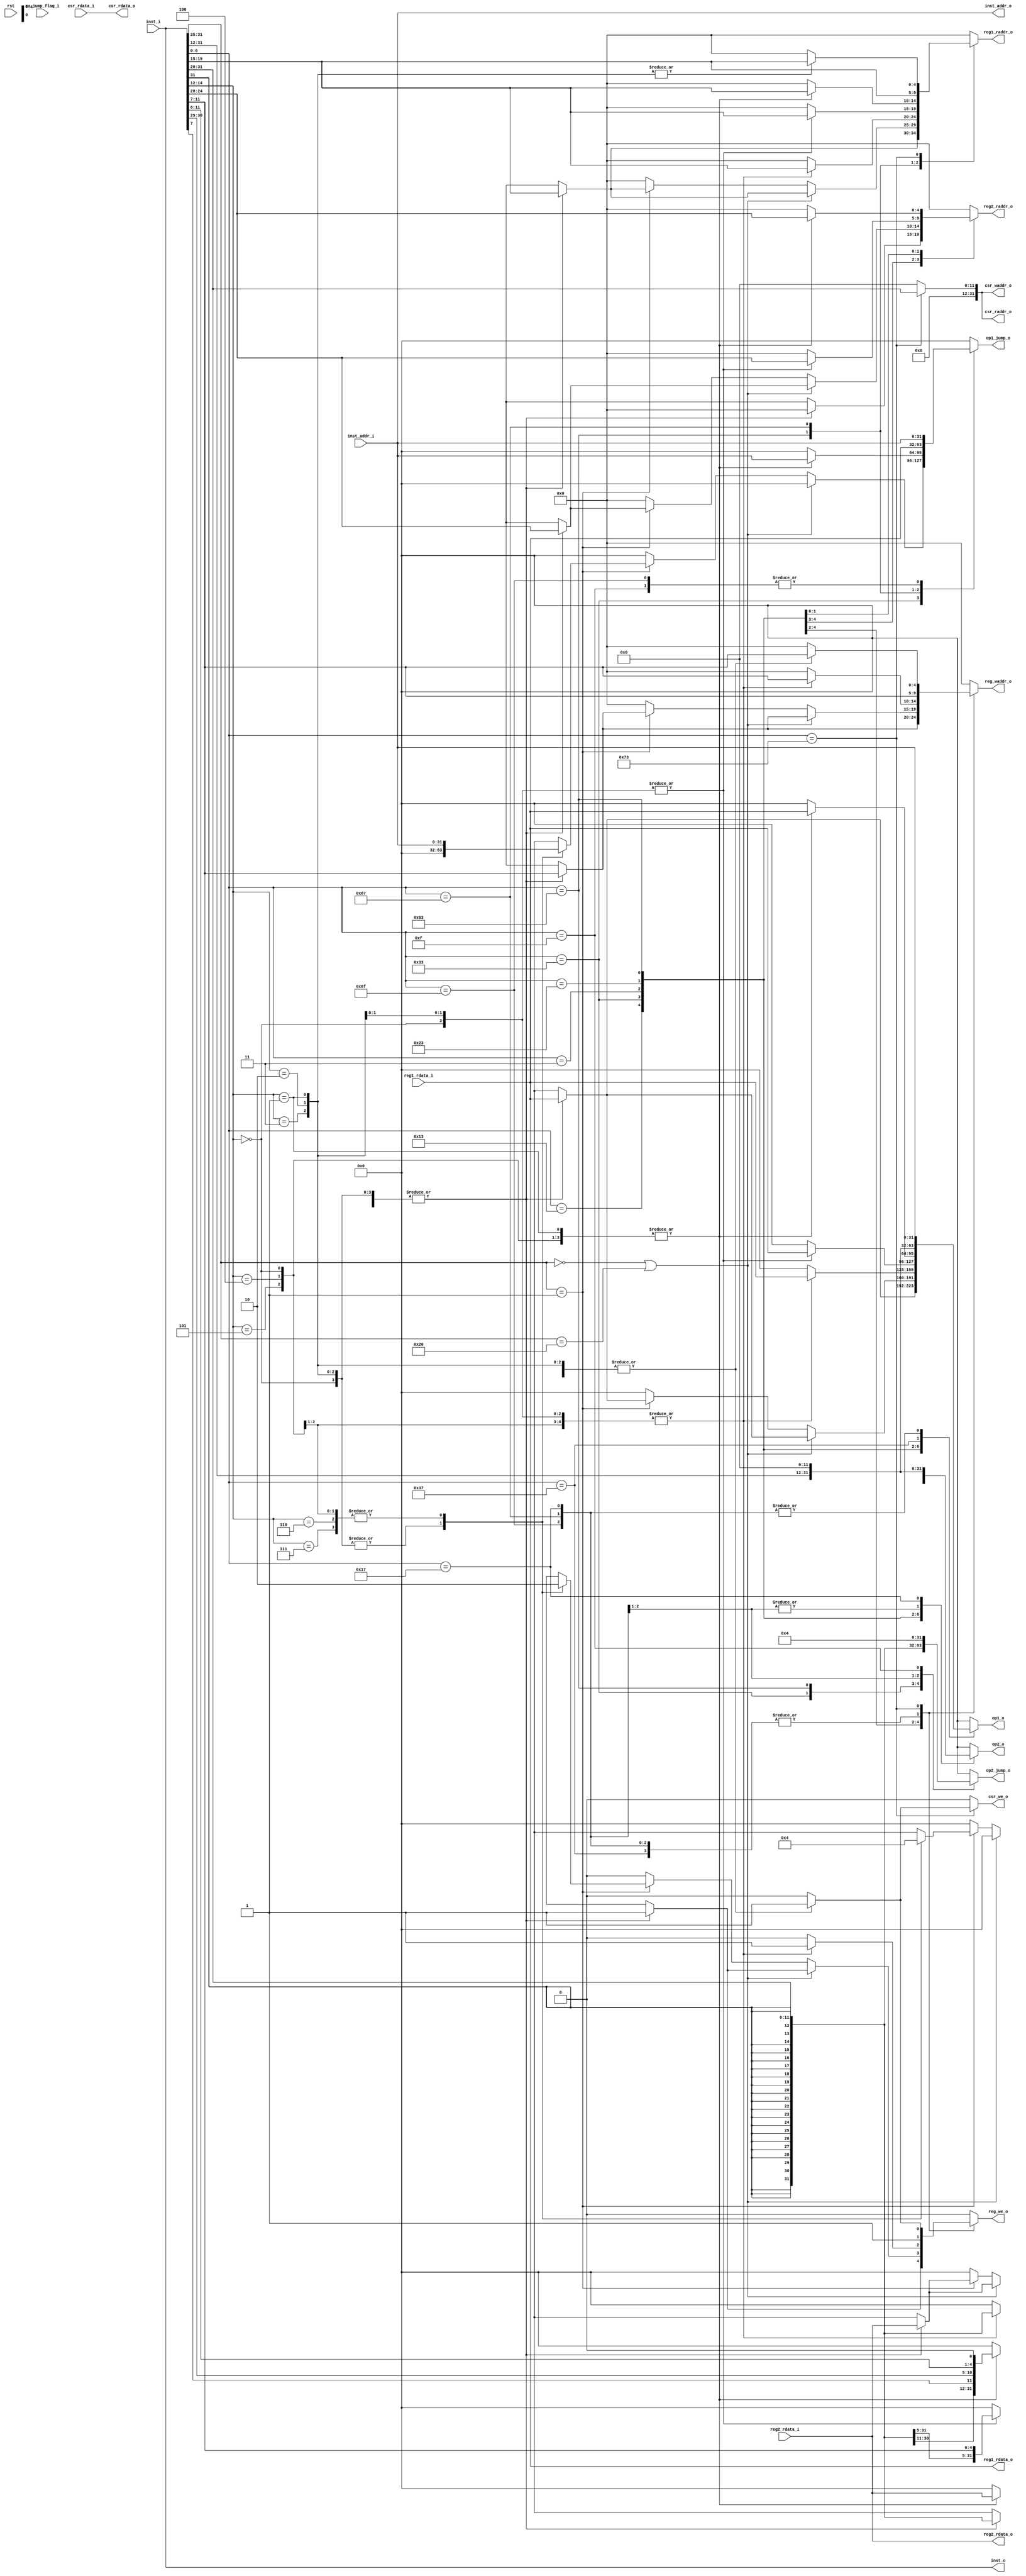
 /*                                                                      
 Copyright 2019 Blue Liang, liangkangnan@163.com
                                                                         
 Licensed under the Apache License, Version 2.0 (the "License");         
 you may not use this file except in compliance with the License.        
 You may obtain a copy of the License at                                 
                                                                         
     http://www.apache.org/licenses/LICENSE-2.0                          
                                                                         
 Unless required by applicable law or agreed to in writing, software    
 distributed under the License is distributed on an "AS IS" BASIS,       
 WITHOUT WARRANTIES OR CONDITIONS OF ANY KIND, either express or implied.
 See the License for the specific language governing permissions and     
 limitations under the License.                                          
 */
`define CpuResetAddr 32'h0

`define RstEnable 1'b0
`define RstDisable 1'b1
`define ZeroWord 32'h0
`define ZeroReg 5'h0
`define WriteEnable 1'b1
`define WriteDisable 1'b0
`define ReadEnable 1'b1
`define ReadDisable 1'b0
`define True 1'b1
`define False 1'b0
`define ChipEnable 1'b1
`define ChipDisable 1'b0
`define JumpEnable 1'b1
`define JumpDisable 1'b0
`define DivResultNotReady 1'b0
`define DivResultReady 1'b1
`define DivStart 1'b1
`define DivStop 1'b0
`define HoldEnable 1'b1
`define HoldDisable 1'b0
`define Stop 1'b1
`define NoStop 1'b0
`define RIB_ACK 1'b1
`define RIB_NACK 1'b0
`define RIB_REQ 1'b1
`define RIB_NREQ 1'b0
`define INT_ASSERT 1'b1
`define INT_DEASSERT 1'b0

`define INT_BUS 7:0
`define INT_NONE 8'h0
`define INT_RET 8'hff
`define INT_TIMER0 8'b00000001
`define INT_TIMER0_ENTRY_ADDR 32'h4

`define Hold_Flag_Bus   2:0
`define Hold_None 3'b000
`define Hold_Pc   3'b001
`define Hold_If   3'b010
`define Hold_Id   3'b011

// I type inst
`define INST_TYPE_I 7'b0010011
`define INST_ADDI   3'b000
`define INST_SLTI   3'b010
`define INST_SLTIU  3'b011
`define INST_XORI   3'b100
`define INST_ORI    3'b110
`define INST_ANDI   3'b111
`define INST_SLLI   3'b001
`define INST_SRI    3'b101

// L type inst
`define INST_TYPE_L 7'b0000011
`define INST_LB     3'b000
`define INST_LH     3'b001
`define INST_LW     3'b010
`define INST_LBU    3'b100
`define INST_LHU    3'b101

// S type inst
`define INST_TYPE_S 7'b0100011
`define INST_SB     3'b000
`define INST_SH     3'b001
`define INST_SW     3'b010

// R and M type inst
`define INST_TYPE_R_M 7'b0110011
// R type inst
`define INST_ADD_SUB 3'b000
`define INST_SLL    3'b001
`define INST_SLT    3'b010
`define INST_SLTU   3'b011
`define INST_XOR    3'b100
`define INST_SR     3'b101
`define INST_OR     3'b110
`define INST_AND    3'b111
// M type inst
`define INST_MUL    3'b000
`define INST_MULH   3'b001
`define INST_MULHSU 3'b010
`define INST_MULHU  3'b011
`define INST_DIV    3'b100
`define INST_DIVU   3'b101
`define INST_REM    3'b110
`define INST_REMU   3'b111

// J type inst
`define INST_JAL    7'b1101111
`define INST_JALR   7'b1100111

`define INST_LUI    7'b0110111
`define INST_AUIPC  7'b0010111
`define INST_NOP    32'h00000001
`define INST_NOP_OP 7'b0000001
`define INST_MRET   32'h30200073
`define INST_RET    32'h00008067

`define INST_FENCE  7'b0001111
`define INST_ECALL  32'h73
`define INST_EBREAK 32'h00100073

// J type inst
`define INST_TYPE_B 7'b1100011
`define INST_BEQ    3'b000
`define INST_BNE    3'b001
`define INST_BLT    3'b100
`define INST_BGE    3'b101
`define INST_BLTU   3'b110
`define INST_BGEU   3'b111

// CSR inst
`define INST_CSR    7'b1110011
`define INST_CSRRW  3'b001
`define INST_CSRRS  3'b010
`define INST_CSRRC  3'b011
`define INST_CSRRWI 3'b101
`define INST_CSRRSI 3'b110
`define INST_CSRRCI 3'b111

// CSR reg addr
`define CSR_CYCLE   12'hc00
`define CSR_CYCLEH  12'hc80
`define CSR_MTVEC   12'h305
`define CSR_MCAUSE  12'h342
`define CSR_MEPC    12'h341
`define CSR_MIE     12'h304
`define CSR_MSTATUS 12'h300
`define CSR_MSCRATCH 12'h340

`define RomNum 4096  // rom depth(how many words)

`define MemNum 4096  // memory depth(how many words)
`define MemBus 31:0
`define MemAddrBus 31:0

`define InstBus 31:0
`define InstAddrBus 31:0

// common regs
`define RegAddrBus 4:0
`define RegBus 31:0
`define DoubleRegBus 63:0
`define RegWidth 32
`define RegNum 32        // reg num
`define RegNumLog2 5

//`include "defines.v"

// 
// 
module id(

	input wire rst,

    // from if_id
    input wire[`InstBus] inst_i,             // 
    input wire[`InstAddrBus] inst_addr_i,    // 

    // from regs
    input wire[`RegBus] reg1_rdata_i,        // 1
    input wire[`RegBus] reg2_rdata_i,        // 2

    // from csr reg
    input wire[`RegBus] csr_rdata_i,         // CSR

    // from ex
    input wire ex_jump_flag_i,               // 

    // to regs
    output reg[`RegAddrBus] reg1_raddr_o,    // 1
    output reg[`RegAddrBus] reg2_raddr_o,    // 2

    // to csr reg
    output reg[`MemAddrBus] csr_raddr_o,     // CSR

    // to ex
    output reg[`MemAddrBus] op1_o,
    output reg[`MemAddrBus] op2_o,
    output reg[`MemAddrBus] op1_jump_o,
    output reg[`MemAddrBus] op2_jump_o,
    output reg[`InstBus] inst_o,             // 
    output reg[`InstAddrBus] inst_addr_o,    // 
    output reg[`RegBus] reg1_rdata_o,        // 1
    output reg[`RegBus] reg2_rdata_o,        // 2
    output reg reg_we_o,                     // 
    output reg[`RegAddrBus] reg_waddr_o,     // 
    output reg csr_we_o,                     // CSR
    output reg[`RegBus] csr_rdata_o,         // CSR
    output reg[`MemAddrBus] csr_waddr_o      // CSR

    );

    wire[6:0] opcode = inst_i[6:0];
    wire[2:0] funct3 = inst_i[14:12];
    wire[6:0] funct7 = inst_i[31:25];
    wire[4:0] rd = inst_i[11:7];
    wire[4:0] rs1 = inst_i[19:15];
    wire[4:0] rs2 = inst_i[24:20];


    always @ (*) begin
        inst_o = inst_i;
        inst_addr_o = inst_addr_i;
        reg1_rdata_o = reg1_rdata_i;
        reg2_rdata_o = reg2_rdata_i;
        csr_rdata_o = csr_rdata_i;
        csr_raddr_o = `ZeroWord;
        csr_waddr_o = `ZeroWord;
        csr_we_o = `WriteDisable;
        op1_o = `ZeroWord;
        op2_o = `ZeroWord;
        op1_jump_o = `ZeroWord;
        op2_jump_o = `ZeroWord;

        case (opcode)
            `INST_TYPE_I: begin
                case (funct3)
                    `INST_ADDI, `INST_SLTI, `INST_SLTIU, `INST_XORI, `INST_ORI, `INST_ANDI, `INST_SLLI, `INST_SRI: begin
                        reg_we_o = `WriteEnable;
                        reg_waddr_o = rd;
                        reg1_raddr_o = rs1;
                        reg2_raddr_o = `ZeroReg;
                        op1_o = reg1_rdata_i;
                        op2_o = {{20{inst_i[31]}}, inst_i[31:20]};
                    end
                    default: begin
                        reg_we_o = `WriteDisable;
                        reg_waddr_o = `ZeroReg;
                        reg1_raddr_o = `ZeroReg;
                        reg2_raddr_o = `ZeroReg;
                    end
                endcase
            end
            `INST_TYPE_R_M: begin
                if ((funct7 == 7'b0000000) || (funct7 == 7'b0100000)) begin
                    case (funct3)
                        `INST_ADD_SUB, `INST_SLL, `INST_SLT, `INST_SLTU, `INST_XOR, `INST_SR, `INST_OR, `INST_AND: begin
                            reg_we_o = `WriteEnable;
                            reg_waddr_o = rd;
                            reg1_raddr_o = rs1;
                            reg2_raddr_o = rs2;
                            op1_o = reg1_rdata_i;
                            op2_o = reg2_rdata_i;
                        end
                        default: begin
                            reg_we_o = `WriteDisable;
                            reg_waddr_o = `ZeroReg;
                            reg1_raddr_o = `ZeroReg;
                            reg2_raddr_o = `ZeroReg;
                        end
                    endcase
                end else if (funct7 == 7'b0000001) begin
                    case (funct3)
                        `INST_MUL, `INST_MULHU, `INST_MULH, `INST_MULHSU: begin
                            reg_we_o = `WriteEnable;
                            reg_waddr_o = rd;
                            reg1_raddr_o = rs1;
                            reg2_raddr_o = rs2;
                            op1_o = reg1_rdata_i;
                            op2_o = reg2_rdata_i;
                        end
                        `INST_DIV, `INST_DIVU, `INST_REM, `INST_REMU: begin
                            reg_we_o = `WriteDisable;
                            reg_waddr_o = rd;
                            reg1_raddr_o = rs1;
                            reg2_raddr_o = rs2;
                            op1_o = reg1_rdata_i;
                            op2_o = reg2_rdata_i;
                            op1_jump_o = inst_addr_i;
                            op2_jump_o = 32'h4;
                        end
                        default: begin
                            reg_we_o = `WriteDisable;
                            reg_waddr_o = `ZeroReg;
                            reg1_raddr_o = `ZeroReg;
                            reg2_raddr_o = `ZeroReg;
                        end
                    endcase
                end else begin
                    reg_we_o = `WriteDisable;
                    reg_waddr_o = `ZeroReg;
                    reg1_raddr_o = `ZeroReg;
                    reg2_raddr_o = `ZeroReg;
                end
            end
            `INST_TYPE_L: begin
                case (funct3)
                    `INST_LB, `INST_LH, `INST_LW, `INST_LBU, `INST_LHU: begin
                        reg1_raddr_o = rs1;
                        reg2_raddr_o = `ZeroReg;
                        reg_we_o = `WriteEnable;
                        reg_waddr_o = rd;
                        op1_o = reg1_rdata_i;
                        op2_o = {{20{inst_i[31]}}, inst_i[31:20]};
                    end
                    default: begin
                        reg1_raddr_o = `ZeroReg;
                        reg2_raddr_o = `ZeroReg;
                        reg_we_o = `WriteDisable;
                        reg_waddr_o = `ZeroReg;
                    end
                endcase
            end
            `INST_TYPE_S: begin
                case (funct3)
                    `INST_SB, `INST_SW, `INST_SH: begin
                        reg1_raddr_o = rs1;
                        reg2_raddr_o = rs2;
                        reg_we_o = `WriteDisable;
                        reg_waddr_o = `ZeroReg;
                        op1_o = reg1_rdata_i;
                        op2_o = {{20{inst_i[31]}}, inst_i[31:25], inst_i[11:7]};
                    end
                    default: begin
                        reg1_raddr_o = `ZeroReg;
                        reg2_raddr_o = `ZeroReg;
                        reg_we_o = `WriteDisable;
                        reg_waddr_o = `ZeroReg;
                    end
                endcase
            end
            `INST_TYPE_B: begin
                case (funct3)
                    `INST_BEQ, `INST_BNE, `INST_BLT, `INST_BGE, `INST_BLTU, `INST_BGEU: begin
                        reg1_raddr_o = rs1;
                        reg2_raddr_o = rs2;
                        reg_we_o = `WriteDisable;
                        reg_waddr_o = `ZeroReg;
                        op1_o = reg1_rdata_i;
                        op2_o = reg2_rdata_i;
                        op1_jump_o = inst_addr_i;
                        op2_jump_o = {{20{inst_i[31]}}, inst_i[7], inst_i[30:25], inst_i[11:8], 1'b0};
                    end
                    default: begin
                        reg1_raddr_o = `ZeroReg;
                        reg2_raddr_o = `ZeroReg;
                        reg_we_o = `WriteDisable;
                        reg_waddr_o = `ZeroReg;
                    end
                endcase
            end
            `INST_JAL: begin
                reg_we_o = `WriteEnable;
                reg_waddr_o = rd;
                reg1_raddr_o = `ZeroReg;
                reg2_raddr_o = `ZeroReg;
                op1_o = inst_addr_i;
                op2_o = 32'h4;
                op1_jump_o = inst_addr_i;
                op2_jump_o = {{12{inst_i[31]}}, inst_i[19:12], inst_i[20], inst_i[30:21], 1'b0};
            end
            `INST_JALR: begin
                reg_we_o = `WriteEnable;
                reg1_raddr_o = rs1;
                reg2_raddr_o = `ZeroReg;
                reg_waddr_o = rd;
                op1_o = inst_addr_i;
                op2_o = 32'h4;
                op1_jump_o = reg1_rdata_i;
                op2_jump_o = {{20{inst_i[31]}}, inst_i[31:20]};
            end
            `INST_LUI: begin
                reg_we_o = `WriteEnable;
                reg_waddr_o = rd;
                reg1_raddr_o = `ZeroReg;
                reg2_raddr_o = `ZeroReg;
                op1_o = {inst_i[31:12], 12'b0};
                op2_o = `ZeroWord;
            end
            `INST_AUIPC: begin
                reg_we_o = `WriteEnable;
                reg_waddr_o = rd;
                reg1_raddr_o = `ZeroReg;
                reg2_raddr_o = `ZeroReg;
                op1_o = inst_addr_i;
                op2_o = {inst_i[31:12], 12'b0};
            end
            `INST_NOP_OP: begin
                reg_we_o = `WriteDisable;
                reg_waddr_o = `ZeroReg;
                reg1_raddr_o = `ZeroReg;
                reg2_raddr_o = `ZeroReg;
            end
            `INST_FENCE: begin
                reg_we_o = `WriteDisable;
                reg_waddr_o = `ZeroReg;
                reg1_raddr_o = `ZeroReg;
                reg2_raddr_o = `ZeroReg;
                op1_jump_o = inst_addr_i;
                op2_jump_o = 32'h4;
            end
            `INST_CSR: begin
                reg_we_o = `WriteDisable;
                reg_waddr_o = `ZeroReg;
                reg1_raddr_o = `ZeroReg;
                reg2_raddr_o = `ZeroReg;
                csr_raddr_o = {20'h0, inst_i[31:20]};
                csr_waddr_o = {20'h0, inst_i[31:20]};
                case (funct3)
                    `INST_CSRRW, `INST_CSRRS, `INST_CSRRC: begin
                        reg1_raddr_o = rs1;
                        reg2_raddr_o = `ZeroReg;
                        reg_we_o = `WriteEnable;
                        reg_waddr_o = rd;
                        csr_we_o = `WriteEnable;
                    end
                    `INST_CSRRWI, `INST_CSRRSI, `INST_CSRRCI: begin
                        reg1_raddr_o = `ZeroReg;
                        reg2_raddr_o = `ZeroReg;
                        reg_we_o = `WriteEnable;
                        reg_waddr_o = rd;
                        csr_we_o = `WriteEnable;
                    end
                    default: begin
                        reg_we_o = `WriteDisable;
                        reg_waddr_o = `ZeroReg;
                        reg1_raddr_o = `ZeroReg;
                        reg2_raddr_o = `ZeroReg;
                        csr_we_o = `WriteDisable;
                    end
                endcase
            end
            default: begin
                reg_we_o = `WriteDisable;
                reg_waddr_o = `ZeroReg;
                reg1_raddr_o = `ZeroReg;
                reg2_raddr_o = `ZeroReg;
            end
        endcase
    end

endmodule